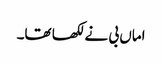
اماں بی نے لکھا تھا۔